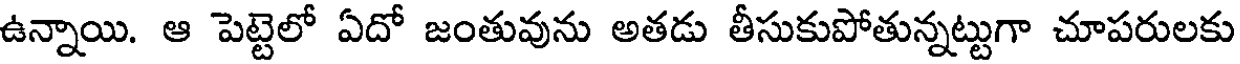
ఉన్నాయి. ఆ పెట్టెలో ఏదో జంతువును అతడు తీసుకుపోతున్నట్టుగా చూపరులకు